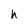
Character: h